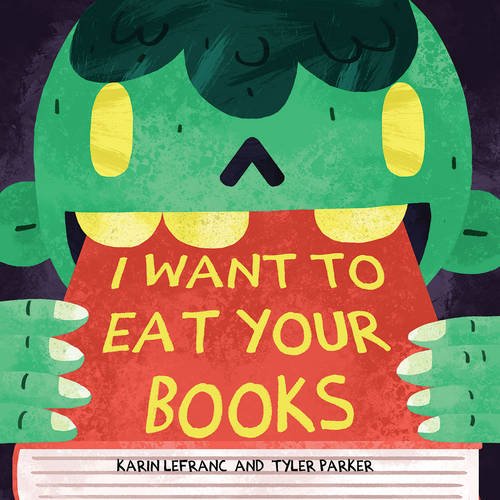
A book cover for I Want to Eat Your Books; Karin Lefranc; Children's Books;